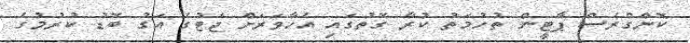
ކޮންގްރެސް ޕާޓީން ތުހުމަތު ކުރާ ގޮތުގައި އެހާވަރަށް ޖެޓުގެ އަގު ބޮޑު ކުރުމުގެ